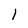
Character: 1